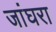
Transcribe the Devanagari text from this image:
जांघरा